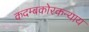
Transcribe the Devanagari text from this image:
कदम्बकोरकन्याय